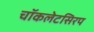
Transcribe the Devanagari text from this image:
चॉकलेटसिरप